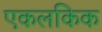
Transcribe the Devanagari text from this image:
एकलकिक